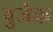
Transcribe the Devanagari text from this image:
वुजेक